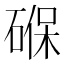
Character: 𮀮